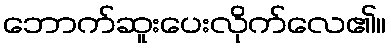
ဘောက်ဆူးပေးလိုက်လေ၏။